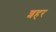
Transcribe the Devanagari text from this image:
शहर